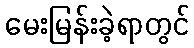
မေးမြန်းခဲ့ရာတွင်